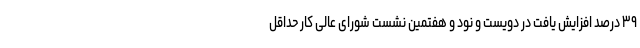
۳۹ درصد افزایش یافت در دویست و نود و هفتمین نشست شورای عالی کار حداقل